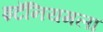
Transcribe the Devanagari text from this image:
इटॅनियमला